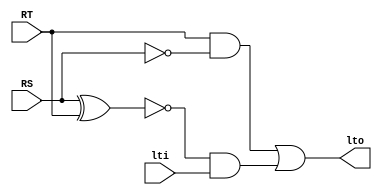
`timescale 1ns / 1ps
//////////////////////////////////////////////////////////////////////////////////
// Company: 
// Engineer: 
// 
// Design Name: 
// Module Name: slt
// Project Name: 
// Target Devices: 
// Tool Versions: 
// Description: 
// 
// Dependencies: 
// 
// Revision:
// Revision 0.01 - File Created
// Additional Comments:
// 
//////////////////////////////////////////////////////////////////////////////////


module slt_1bit(
    input  RS,
    input RT,
    input lti,
    output lto
    );
    
    assign lto = (RT & ~RS) | (~(RS ^ RT) & lti);
endmodule